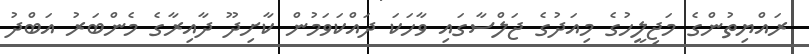
ރައްޔިތުންގެ މަޖިލީހުގެ މިއަދުގެ ޖަލްސާގައި ވާހަކަ ދައްކަވަމުން ކާށިދޫ ދާއިރާގެ މެންބަރު އަބްދު